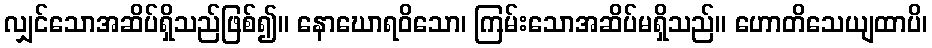
လျှင်သောအဆိပ်ရှိသည်ဖြစ်၍။ နောဃောရဝိသော၊ ကြမ်းသောအဆိပ်မရှိသည်။ ဟောတိသေယျထာပိ၊